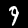
Label: 9